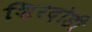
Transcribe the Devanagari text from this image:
शिरदोडी